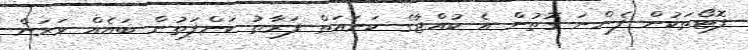
ފޮޓޯތަކުން ފެންނަ ގޮތުން އެ ކުއްޖާގެ ކަނައަތް ފަރާތު ކަންފަތުން ބައެއް ވަރަށް